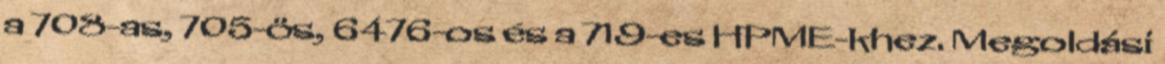
a 708-as, 705-ös, 6476-os és a 719-es HPME-khez. Megoldási